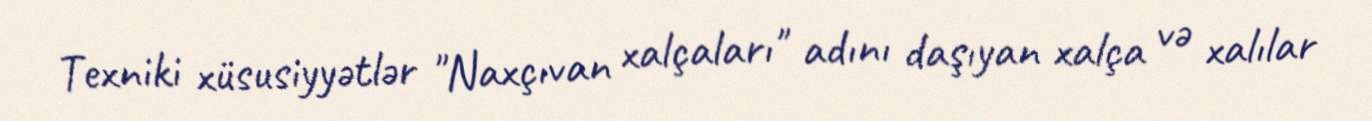
Texniki xüsusiyyətlər "Naxçıvan xalçaları" adını daşıyan xalça və xalılar